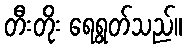
တီးတိုး ရေရွတ်သည်။